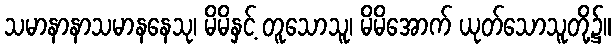
သမာနာနာသမာနနေသု၊ မိမိနှင့် တူသောသူ၊ မိမိအောက် ယုတ်သောသူတို့၌။